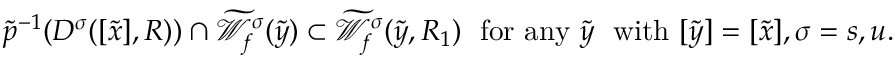
\widetilde { p } ^ { - 1 } ( D ^ { \sigma } ( [ \widetilde { x } ] , R ) ) \cap \widetilde { { \mathcal W } } _ { f } ^ { \sigma } ( \widetilde { y } ) \subset \widetilde { { \mathcal W } } _ { f } ^ { \sigma } ( \widetilde { y } , R _ { 1 } ) \; \mathrm { ~ f o r ~ a n y ~ } \widetilde { y } \; \mathrm { ~ w i t h ~ } [ \widetilde { y } ] = [ \widetilde { x } ] , \sigma = s , u .